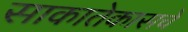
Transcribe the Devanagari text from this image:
साकातेकासचे